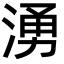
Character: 湧